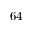
6 4